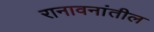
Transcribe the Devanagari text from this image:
रानावनांतील